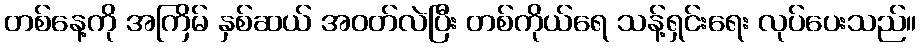
တစ်နေ့ကို အကြိမ် နှစ်ဆယ် အဝတ်လဲပြီး တစ်ကိုယ်ရေ သန့်ရှင်းရေး လုပ်ပေးသည်။